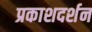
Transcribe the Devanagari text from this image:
प्रकाशदर्शन